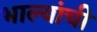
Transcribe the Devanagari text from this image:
भाल्यांची